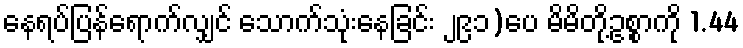
နေရပ်ပြန်ရောက်လျှင် သောက်သုံးနေခြင်း ၂၉၁)ပေ မိမိတို့ဥစ္စာကို 1.44